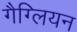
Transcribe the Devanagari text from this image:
गैग्लियन